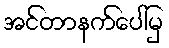
အင်တာနက်ပေါ်မှ